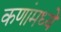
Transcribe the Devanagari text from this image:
कणांमध्ये